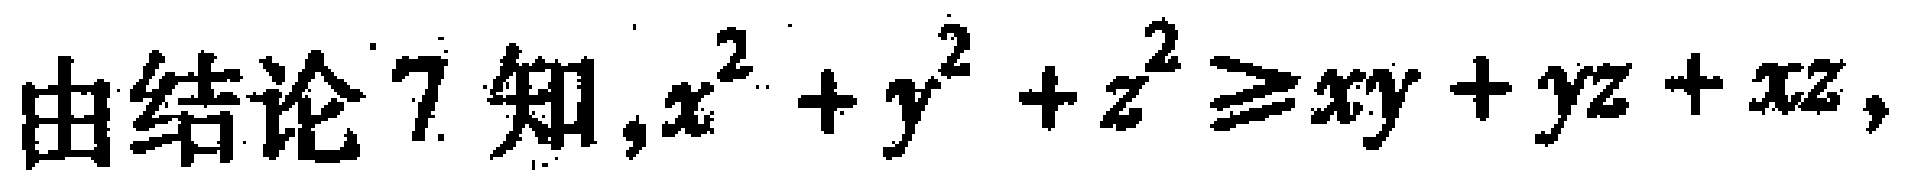
由结论7知,$x^{2}+y^{2}+z^{2}\geqslant xy + yz + xz$,